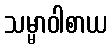
သမ္မာဝါစာယ